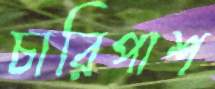
চারিপাশ